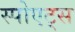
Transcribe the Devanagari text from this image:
स्पोएट्स